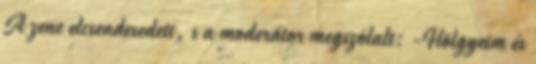
A zene elcsendesedett, s a moderátor megszólalt: -Hölgyeim és